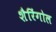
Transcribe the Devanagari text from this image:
शैरिंगोल